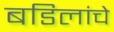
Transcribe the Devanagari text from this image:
बडिलांचे